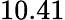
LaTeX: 10.41